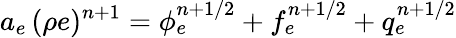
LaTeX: a_{e}\, (\rho e)^{n+1}={\phi}_{e}^{n+1/2}+f_{e}^{n+1/2}+q_{e}^{n+1/2}